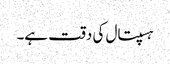
ہسپتال کی دقت ہے۔